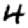
Digit: 4